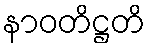
နာဝတိဋ္ဌတိ